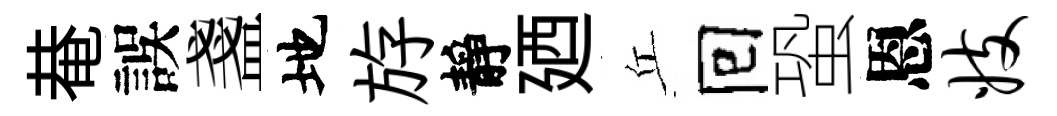
𤲅誤盞地斿靜廼丘囘蛩恩妓